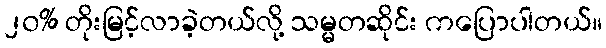
၂၀% တိုးမြင့်လာခဲ့တယ်လို့ သမ္မတဆိုင်း ကပြောပါတယ်။